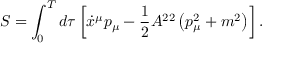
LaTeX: S = \int _ { 0 } ^ { T } d \tau \left[ \dot { x } ^ { \mu } p _ { \mu } - \frac 1 2 A ^ { 2 2 } \left( p _ { \mu } ^ { 2 } + m ^ { 2 } \right) \right] .